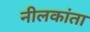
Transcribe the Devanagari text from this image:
नीलकांता